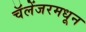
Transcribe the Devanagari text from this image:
चॅलेंजरमधून